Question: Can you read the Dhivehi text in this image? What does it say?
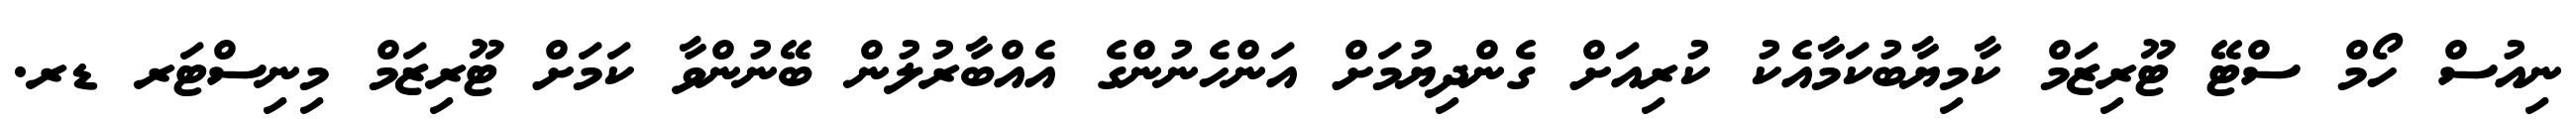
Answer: ނިއުސް ހޯމް ސްޓޭ ޓޫރިޒަމް ކާމިޔާބުކަމާއެކު ކުރިއަށް ގެންދިޔުމަށް އަންހެނުންގެ އެއްބާރުލުން ބޭނުންވާ ކަމަށް ޓޫރިޒަމް މިނިސްޓަރ ޑރ.